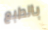
بالطبع